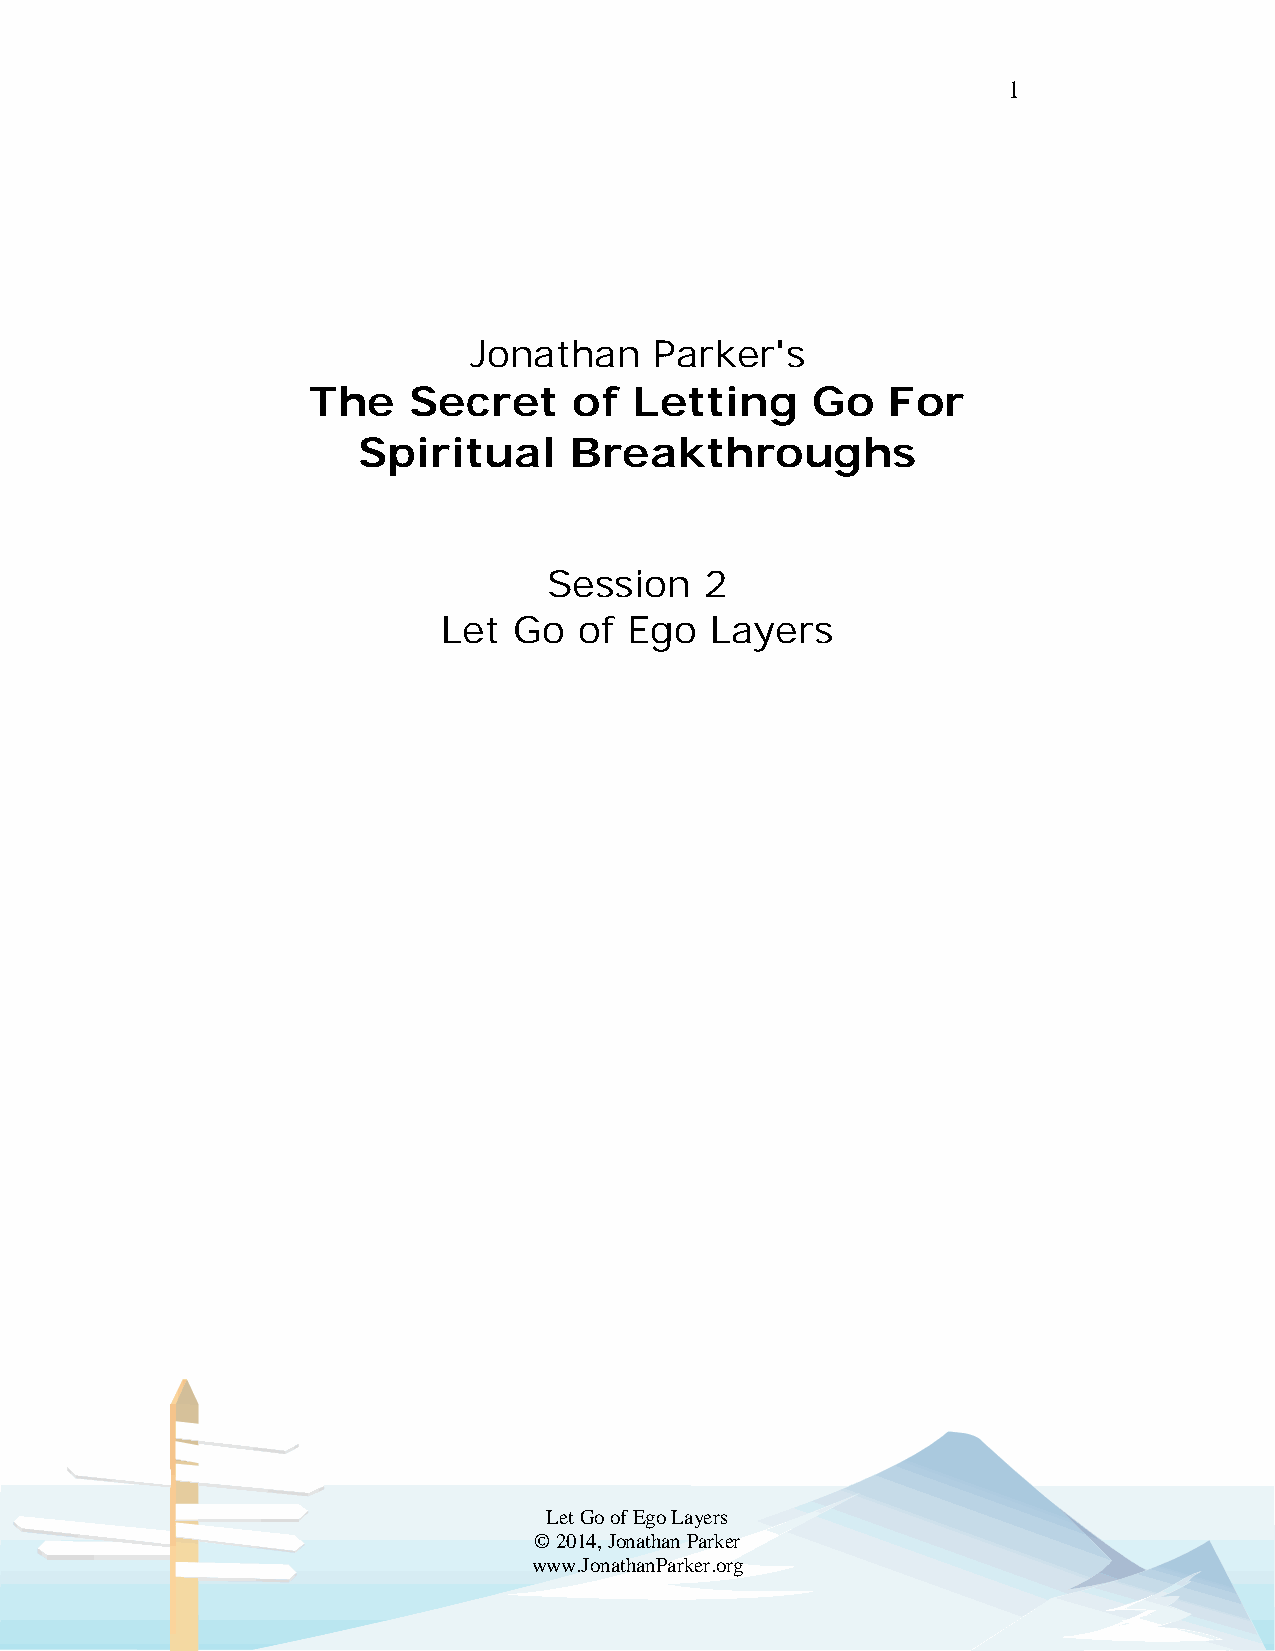
1
 Jonathan    Parker's
 The    Secret     of  Letting     Go   For
 Spiritual     Breakthroughs
 Session    2
 Let  Go  of  Ego  Layers
 Let Go of Ego Layers
 © 2014, Jonathan Parker
 www.JonathanParker.org